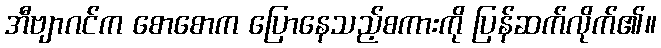
အီဗျာဂင်က စောစောက ပြောနေသည့်စကားကို ပြန်ဆက်လိုက်၏။